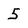
Character: 5